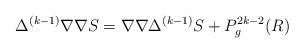
LaTeX: \begin{align*}\Delta^{(k-1)}\nabla\nabla S = \nabla\nabla \Delta^{(k-1)}S + P^{2k-2}_g(R)\end{align*}